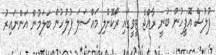
ފުލުސް އޮފީހުން ބުނީ ރާއްޖެ ޓީވީގައި ރޯކޮށްލި މައްސަލަ ފުލުހުން ބަލަމުން އަންނައިރު